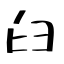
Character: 𦥑